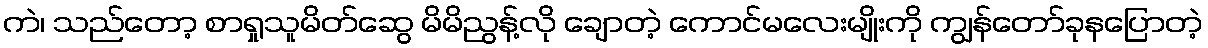
ကဲ၊ သည်တော့ စာရှုသူမိတ်ဆွေ မိမိညွန့်လို ချောတဲ့ ကောင်မလေးမျိုးကို ကျွန်တော်ခုနပြောတဲ့